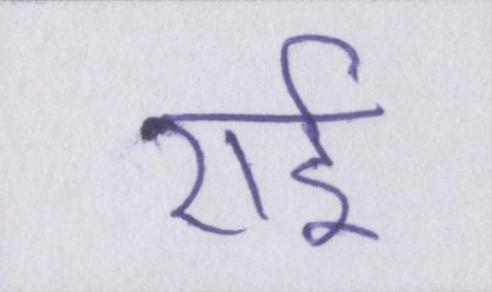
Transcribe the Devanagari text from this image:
राई